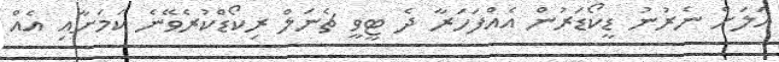
އަލަށް ނެރުނު ޑީކޯޑަރުން އެއްފަހަރާ ދެ ޓީވީ ޗެނަލް ރިކޯޑްކުރެވޭނެ ކަމަށާއި އެއް